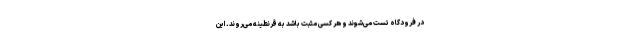
در فرودگاه تست می‌شوند و هر کسی مثبت باشد به قرنطینه می‌روند. این